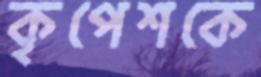
কৃপেশকে